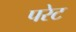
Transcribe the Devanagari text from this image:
परेट